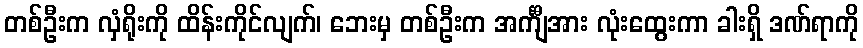
တစ်ဦးက လှံရိုးကို ထိန်းကိုင်လျက်၊ ဘေးမှ တစ်ဦးက အင်္ကျီအား လုံးထွေးကာ ခါးရှိ ဒဏ်ရာကို